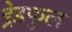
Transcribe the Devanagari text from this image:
ड्रेडफुल